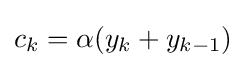
c_{k}=\alpha (y_{k}+y_{k-1})